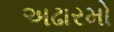
અઢારમો